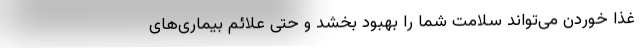
غذا خوردن می‌تواند سلامت شما را بهبود بخشد و حتی علائم بیماری‌های